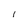
Character: 1